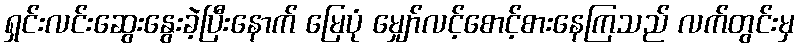
ရှင်းလင်းဆွေးနွေးခဲ့ပြီးနောက် မြေပုံ မျှော်လင့်စောင့်စားနေကြသည် လက်တွင်းမှ